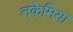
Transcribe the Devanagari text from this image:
तकेमिया